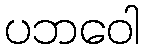
ပဘဝေါ